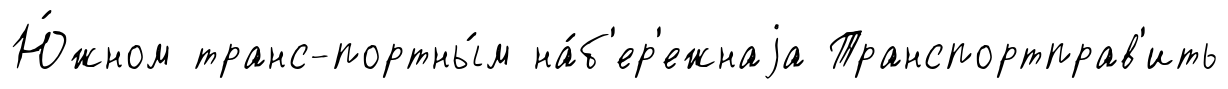
Ю́жном транс-портны́м на́б'ер'ежнаjа Транспортправ'ить